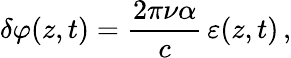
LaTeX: \delta\varphi(z,t)=\frac{2\pi\nu\alpha}{c}\, \varepsilon(z,t)\, ,